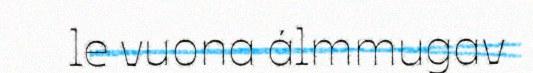
le vuona álmmugav